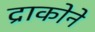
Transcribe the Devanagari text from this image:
द्राकोने